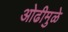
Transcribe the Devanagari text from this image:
ओढीमुळे